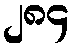
၂၈၄